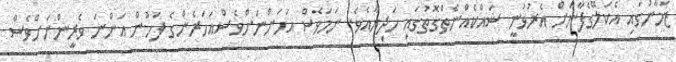
ޒަމާނުގައި އެކަލޭގެފާނަށް އެރުވުނީ ޝައްކެއްނެތްގޮތުގައި ހަދިޔާއެވެ. ނަމަވެސް އަހަންނަށްވެސްއަހަރެންގެ ފަހުން އަންނަ ވެރީންނަށްވެސް